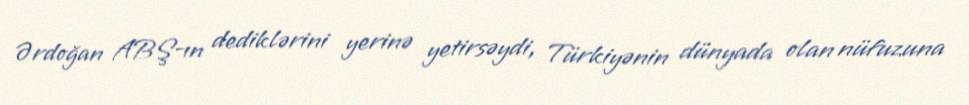
Ərdoğan ABŞ-ın dediklərini yerinə yetirsəydi, Türkiyənin dünyada olan nüfuzuna